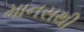
માનસથી